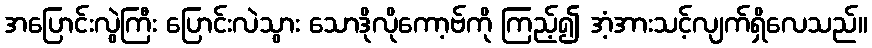
အပြောင်းလွဲကြီး ပြောင်းလဲသွား သောဒိုလိုကော့ဗ်ကို ကြည့်၍ အံ့အားသင့်လျက်ရှိလေသည်။